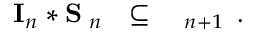
\begin{array} { l l l } { { { \bf I } _ { n } * { \bf S ^ { \Delta } } _ { n } } } & { { \subseteq } } & { { { \bf \Delta } _ { n + 1 } } } \end{array} { } .